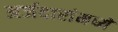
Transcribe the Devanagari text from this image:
अर्जदारांमध्ये